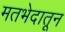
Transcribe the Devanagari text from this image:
मतभेदातून